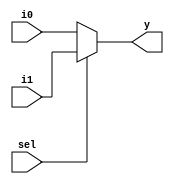
module dave_2_1(
  input sel,
  input i0, i1,
  output y);
  
  assign y = sel ? i1 : i0;
endmodule